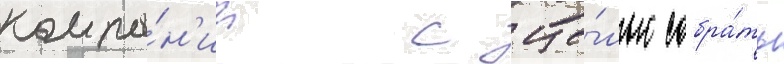
компа́н'ии с це́лью собра́ть